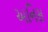
અનિસ